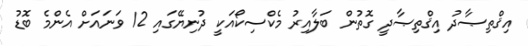
އިޤްތިޞާދު އިޤްތިޞާދީ ގޮތުން ބަލާއިރު މެކްސިކޯއަކީ ދުނިޔޭގައި 12 ވަނައަށް އެންމެ ބޮޑު